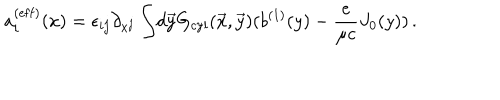
LaTeX: a _ { i } ^ { ( \mathrm { e f f } ) } ( x ) = \epsilon _ { i j } \partial _ { x ^ { j } } \int \! d \vec { y } { G } _ { \mathrm { c y l } } ( \vec { x } , \vec { y } ) ( b ^ { ( 1 ) } ( y ) - { \frac { e } { \mu c } } J _ { 0 } ( y ) ) \, .